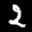
Label: 2